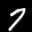
Label: 7